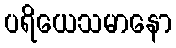
ပရိယေသမာနော